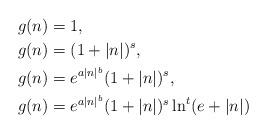
LaTeX: \begin{align*}g(n)&=1,\\g(n)&=(1+|n|)^s,\\g(n)&=e^{a|n|^b}(1+|n|)^s,\\g(n)&=e^{a|n|^b}(1+|n|)^s\ln^t(e+|n|)\end{align*}